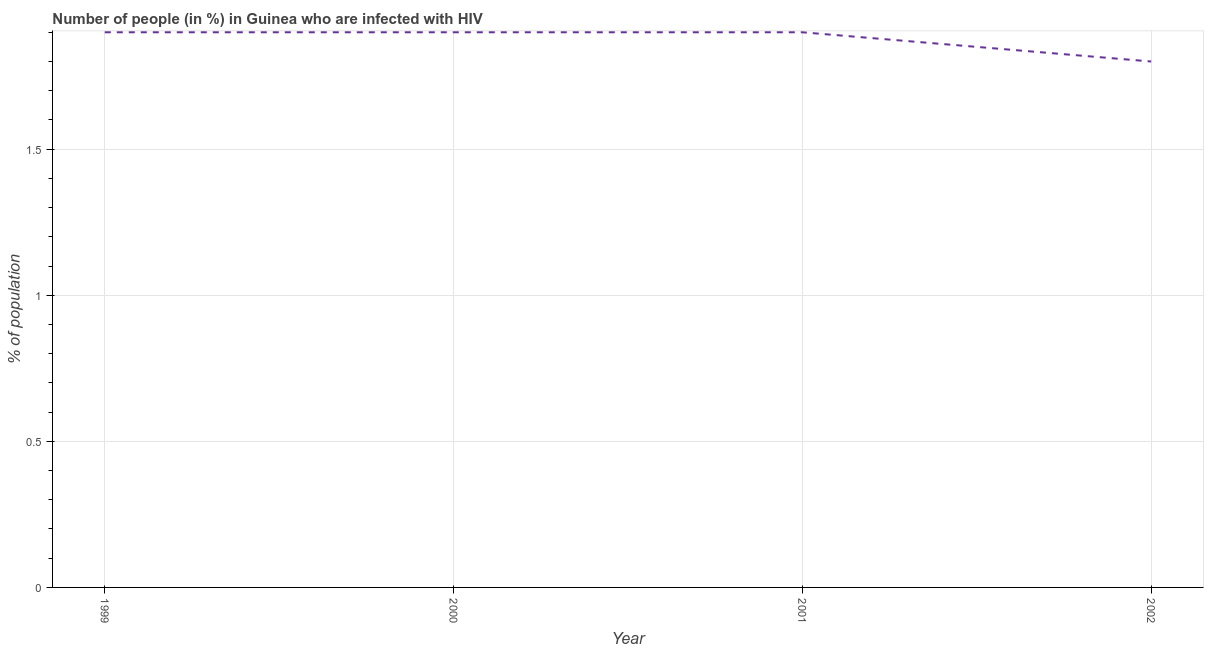
| Year | Infected with HIV |
 | --- | --- |
 | 1999 | 1.9 |
 | 2000 | 1.9 |
 | 2001 | 1.9 |
 | 2002 | 1.8 |